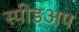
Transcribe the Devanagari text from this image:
स्पीडअप